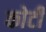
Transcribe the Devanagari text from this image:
काेटी